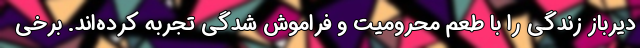
دیرباز زندگی را با طعم محرومیت و فراموش شدگی تجربه کرده‌اند. برخی